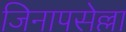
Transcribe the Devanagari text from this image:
जिनापसेल्ला